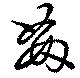
奸